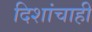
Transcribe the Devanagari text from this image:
दिशांचाही